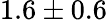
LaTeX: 1.6\pm 0.6